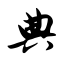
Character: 典